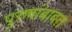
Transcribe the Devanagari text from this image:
पुरुषांबाबत